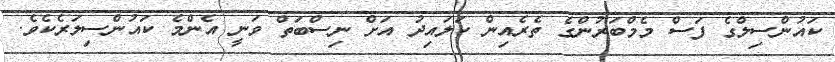
ކައުންސިލްގެ ފަސް މެމްބަރުންގެ ތެރެއިން ކަލައިދު އަށް ނިސްބަތް ވަނީ އެންމެ ކައުންސިލަރެކެވެ.